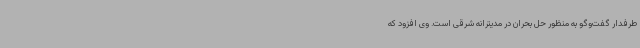
طرفدار گفت‌وگو به منظور حل بحران در مدیترانه شرقی است. وی افزود که